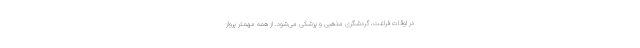
در اوقات فراغت، گردشگری مذهبی و پزشکی می‌شود. از همه مهمتر پرواز